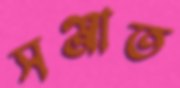
সঞ্জাত